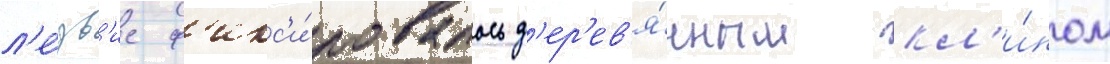
л'е́зв'ие ф'икс'и́ровалось д'ер'ев'я́нным кл'и́ном